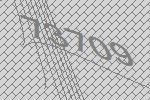
73709